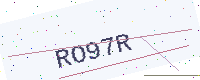
Text: RO97R